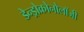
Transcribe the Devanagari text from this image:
डेन्ड्रोक्रोनोलॉजी